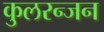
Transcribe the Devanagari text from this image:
कुलरन्जन